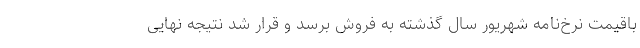
باقیمت نرخ‌نامه شهریور سال گذشته به فروش برسد و قرار شد نتیجه نهایی